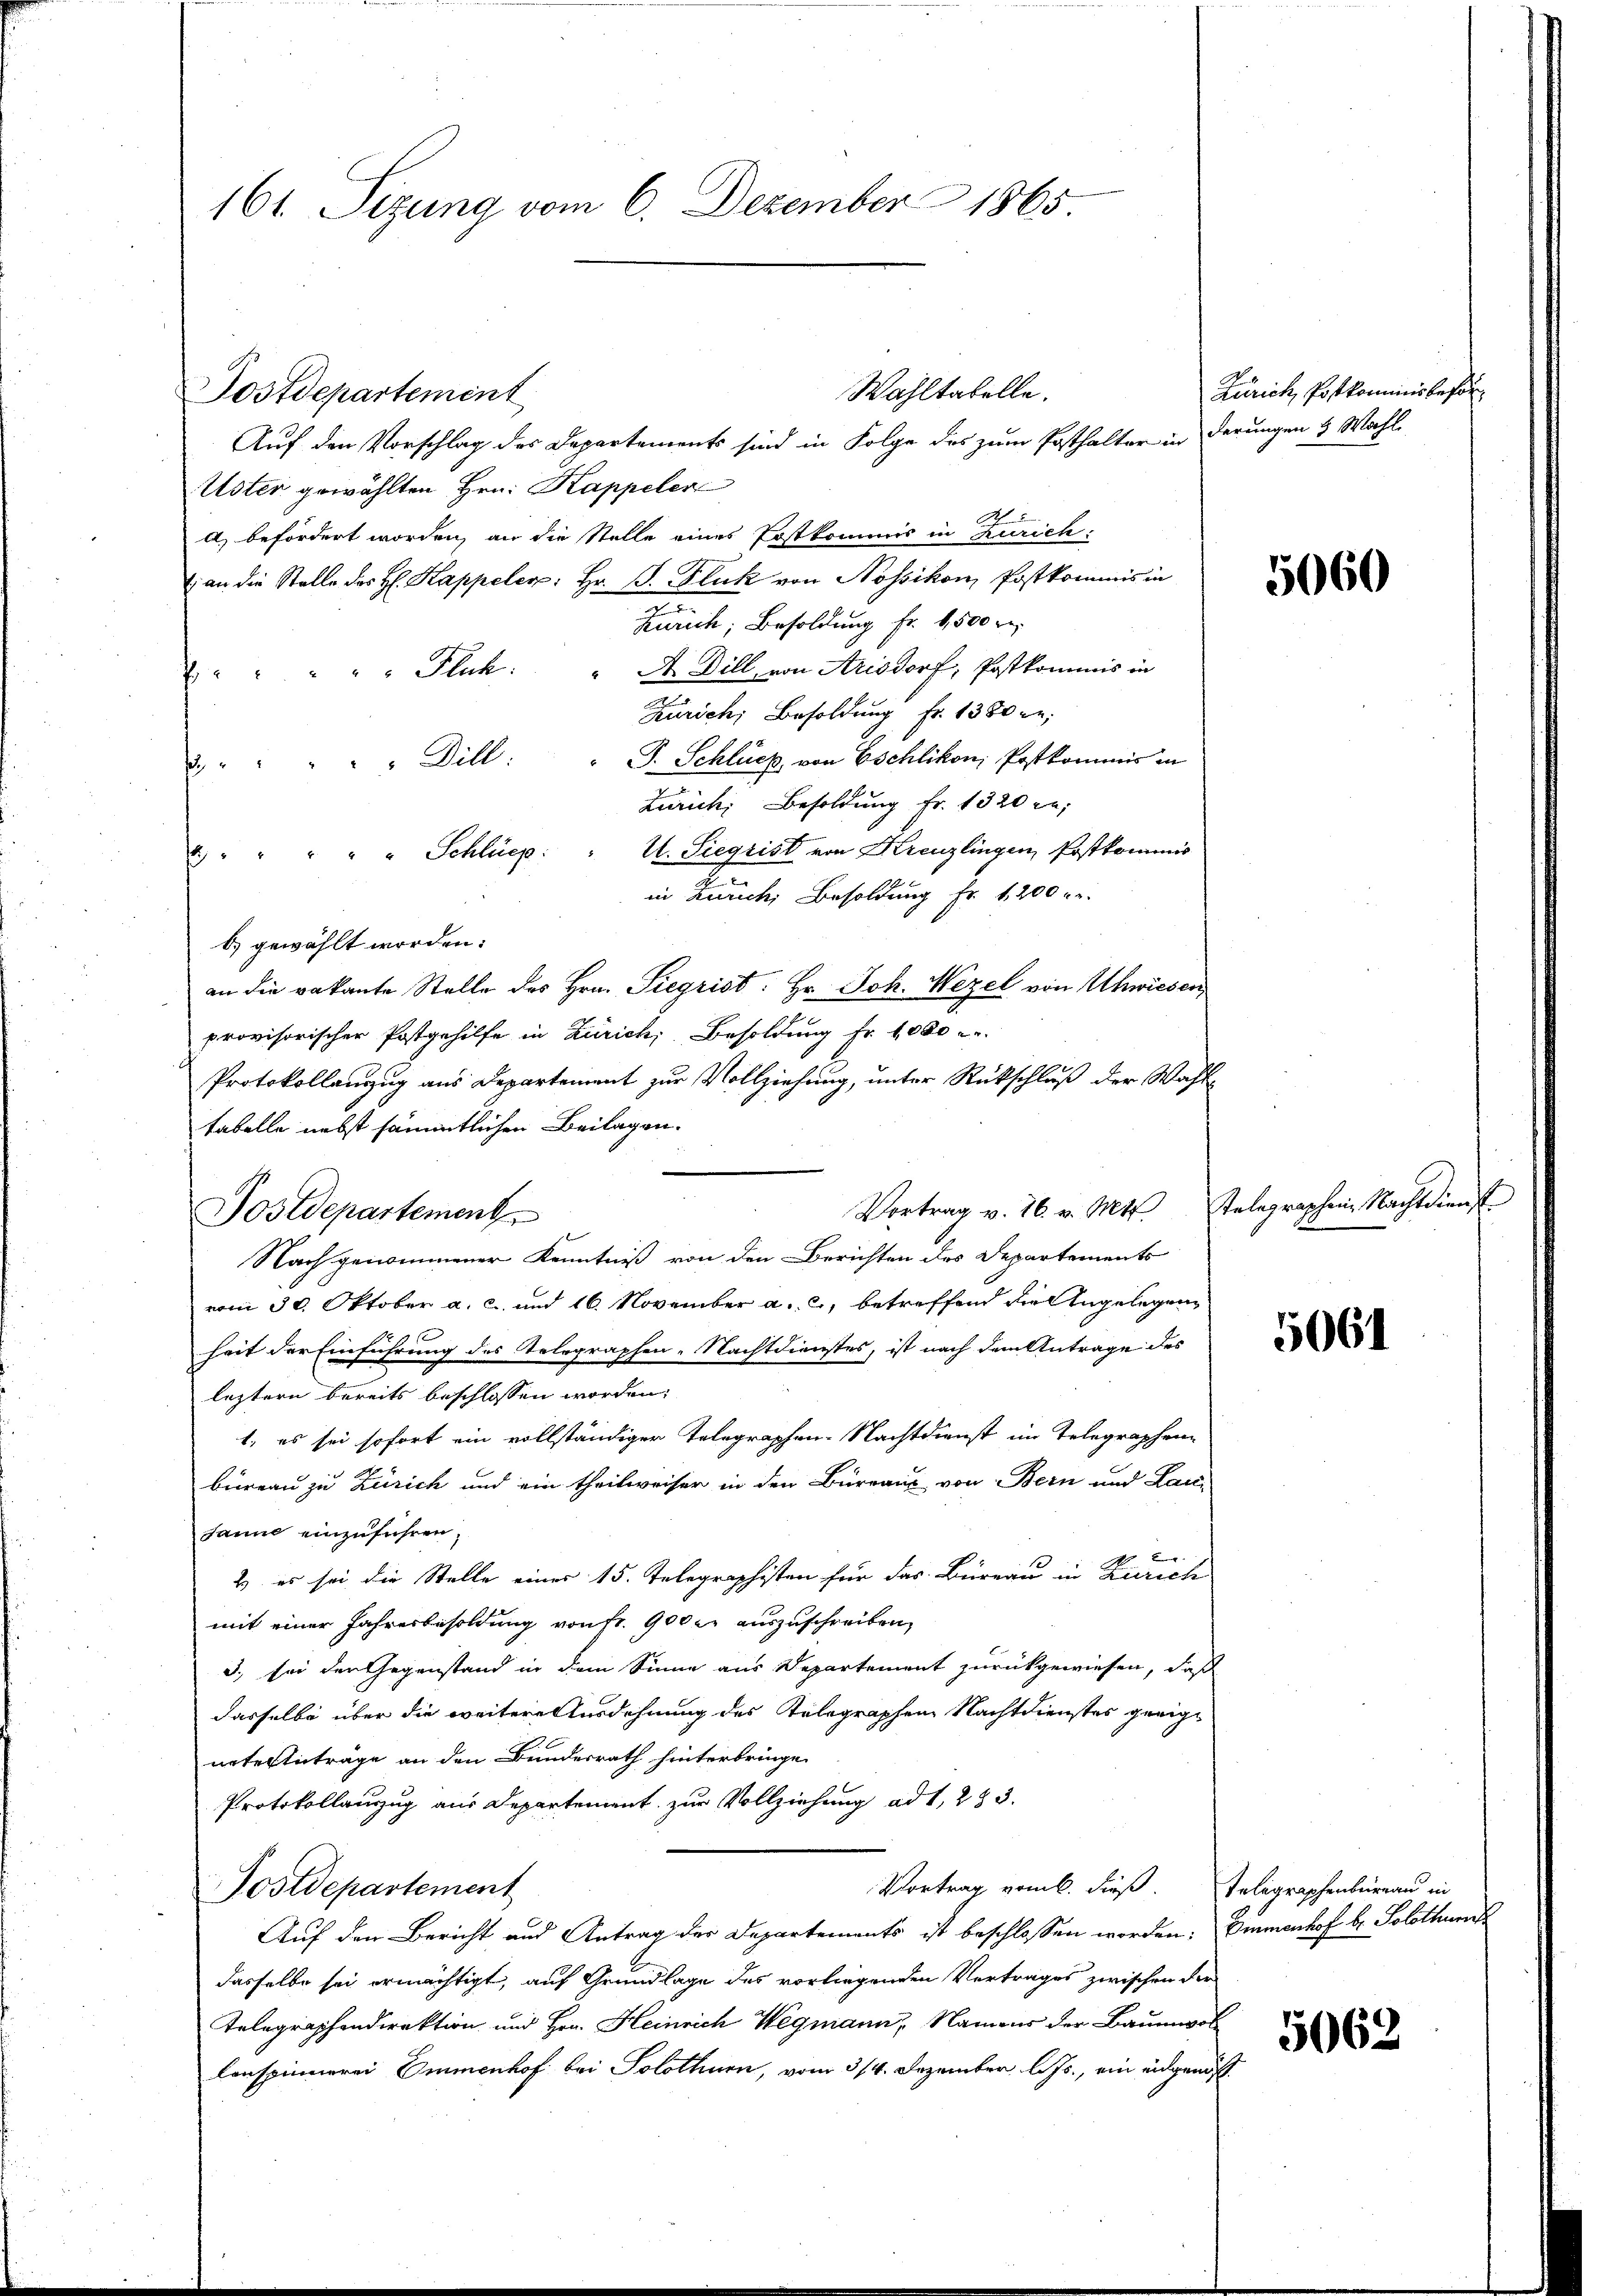
161. Sizung vom 6. Dezember 1865

Postdepartement
Auf den Vorschlag des Departements sind in Folge des zum Posthalter in derungen & Wahl
Uster gewählten Hrn. Kappeler
6
a) befördert worden, an die Stelle eines Postkommis in Zürich,
 an die Stelle des H. Kappeler: Hr. P. Fluck von Nossikon, Postkommis in
Zürich, Besoldung Fr. 1,500 r.
A. Dill, von Arisdorf; Postkommis in
 " " " " Fluh
Zürich, Besoldung Fr. 1380 er
3. " " " " " Dill: " F. Schluss von Eschlikon, Postkommis in
Zürich, Besoldung Fr. 1320 re
4 " " " " " Schlüep: " U. Siegrist von Kreuzlingen, Postkommis
in Zürich Besoldung Fr. 1200 r
b) gewählt worden.
an die vakante Stelle des Hrn. Siegrist: Hr. Joh. Wezel von Uhwiesen
provisorischen Postgehilfe in Zürich, Besoldung Fr. 1000
Protokollanzug aus Departement zur Vollziehung, unter Rückschluß der Wahltabelle nebst sämmtlichen Beilagen.
Vortrag v. 26. v. Mts. Telegraphen Nachtdienst
Nach genommener Kenntniß von den Berichten des Departements
vom 30. Oktober a. c. und 16. November a. c., betreffend die Angelegeng
heit der Einführung des Telegraphen-Nachtdienstes, ist nach dem Antrage des
leztern bereits beschlossen worden.
1. es sei sofort ein vollständiger Telegraphen-Nachtdienst im Telegraphen
büreau zu Zürich und ein theilweiser in den Büreaus von Bern und Lan-
Janne einzuführen,
2 es sei die Stelle einer 15. Telegraphisten für das Büreau in Zürich
mit einer Jahresbesoldung von fr. 900 er auszuschreiben,
3. sei den Gegenstand in dem Sinne aus Departement zurückgewiesen, daß
dasselbe über die weitere Ausdehnung des Telegraphen Nachtdienstes geeignete Einträge an den Bundesrath hinterbringe
Protokollauszug aus Departement zur Vollziehung ad 1, 283.
Vortrag vom 6. dieß. Telegraphenbureau in
Postdepartement
Auf den Bericht und Antrag der Departements ist beschlossen worden. Emmenhof b. Solothurn
dasselbe sei ermächtigt, auf Grundlage des vorliegenden Vertrages zwischen der
Telegraphendirektion und Hrn. Heinrich Wegmann, Namens der Baumwol
Conspinnerei Ommenhof bei Solothurn, vom 314. Dezember l. Js., ein eidgenöß¬

Postdepartement

Wahltabelle.

Zürich, Postkommnisbesor¬

5060

5061

5062